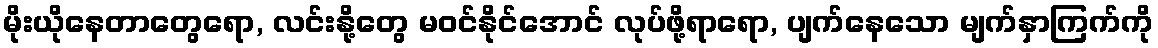
မိုးယိုနေတာတွေရော, လင်းနို့တွေ မဝင်နိုင်အောင် လုပ်ဖို့ရာရော, ပျက်နေသော မျက်နှာကြက်ကို